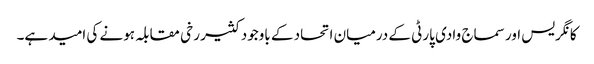
کانگریس اور سماج وادی پارٹی کے درمیان اتحاد کے باوجود کثیر رخی مقابلہ ہونے کی امید ہے۔